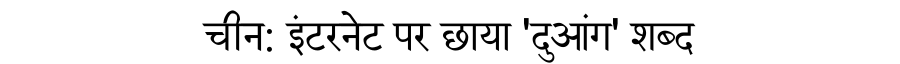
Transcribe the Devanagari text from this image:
चीन: इंटरनेट पर छाया 'दुआंग' शब्द